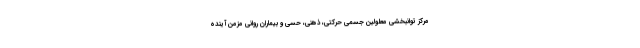
مرکز توانبخشی معلولین جسمی حرکتی، ذهنی، حسی و بیماران روانی مزمن آینده